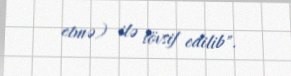
etmə) ilə tövsif edilib".